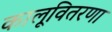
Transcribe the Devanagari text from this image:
कालूवितरणा